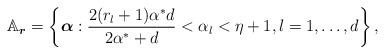
LaTeX: \begin{align*}\mathbb{A}_{\boldsymbol{r}}&=\left\{\boldsymbol{\alpha}:\frac{2(r_l+1)\alpha^{*}d}{2\alpha^{*}+d}<\alpha_l<\eta+1, l=1,\dotsc,d\right\},\end{align*}